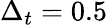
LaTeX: \Delta_{t}=0.5